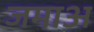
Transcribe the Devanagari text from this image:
जमाअ